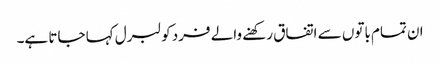
ان تمام باتوں سے اتفاق رکھنے والے فرد کو لبرل کہا جاتا ہے۔